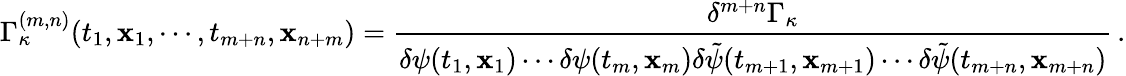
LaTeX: \Gamma_{\kappa}^{(m,n)}(t_{1},{\mathbf x}_{1},\cdots,t_{m+n},{\mathbf x}_{n+m})=\frac{\delta^{m+n}\Gamma_{\kappa}}{\delta\psi(t_{1},{\mathbf x}_{1})\cdots\delta\psi(t_{m},{\mathbf x}_{m})\delta\tilde{\psi}(t_{m+1},{\mathbf x}_{m+1})\cdots\delta\tilde{\psi}(t_{m+n},{\mathbf x}_{m+n})}\, .